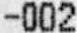
-002